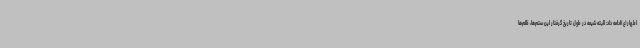
اطهار(ع)ادامه داد: البته شیعه در طول تاریخ گرفتار این ستم‌ها، ظلم‌ها